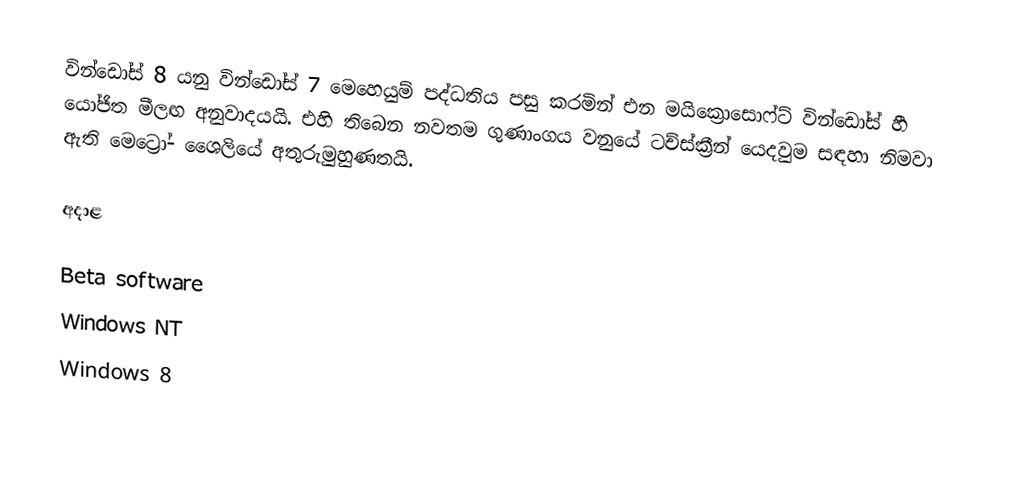
වින්ඩෝස් 8 යනු වින්ඩෝස් 7 මෙහෙයුම් පද්ධතිය පසු කරමින් එන මයික්‍රොසොෆ්ට් වින්ඩෝස් හී යෝජිත මීලඟ අනුවාදයයි. එහි තිබෙන නවතම ගුණාංගය වනුයේ ටච්ස්ක්‍රීන් යෙදවුම සඳහා නිමවා ඇති මෙට්‍රෝ- ශෛලියේ අතුරුමුහුණතයි.

අදාළ

Beta software
Windows NT
Windows 8